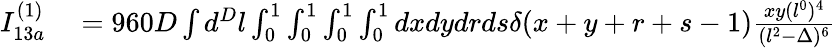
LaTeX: \begin{array}{rl}{I_{13a}^{(1)}}&{{}=960D\int d^{D}l\int_{0}^{1}\int_{0}^{1}\int_{0}^{1}\int_{0}^{1}dxdydrds\delta(x+y+r+s-1)\frac{xy(l^{0})^{4}}{(l^{2}-\Delta)^{6}}}\end{array}